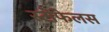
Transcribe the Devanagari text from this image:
स्टोफेलस